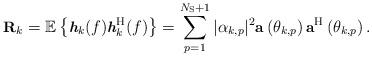
LaTeX: \begin{align*} \small \textbf{R}_k = \mathbb{E}\left\lbrace \textit{\textbf{h}}_k(f) \textit{\textbf{h}}_k^{\rm H}(f) \right\rbrace=\sum\limits_{p=1}^{N_{\rm S} + 1} |\alpha_{k,p}|^2\textbf{a}\left( \theta_{k, p}\right)\textbf{a}^{\rm H} \left( \theta_{k, p}\right). \normalsize\end{align*}